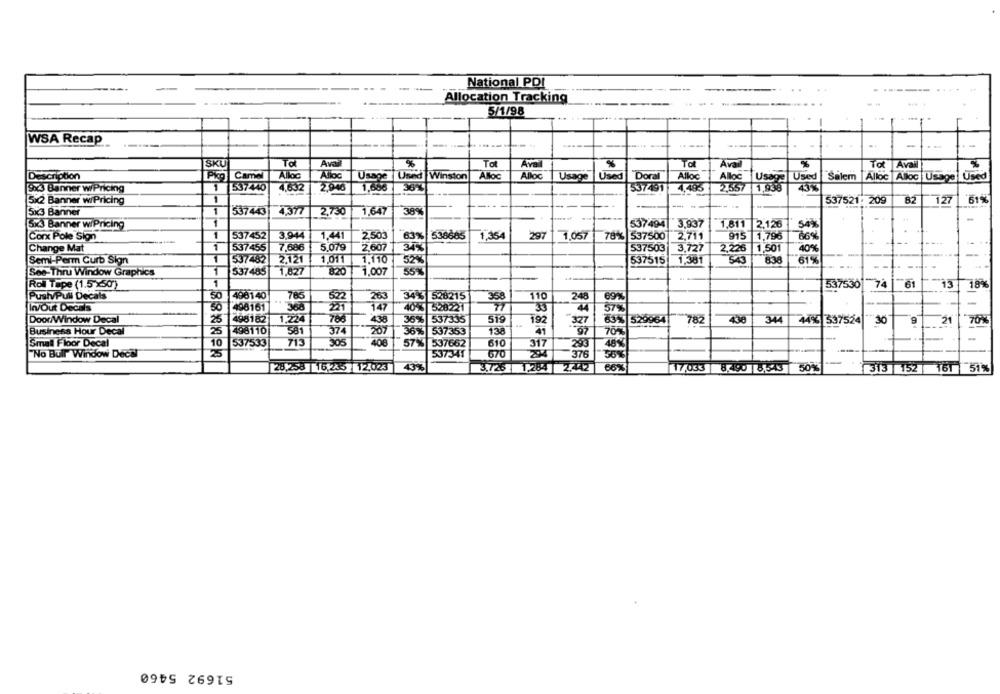
National PDI
Allocation Tracking
5/1/98
WSA Recap
---
SKU
To
%
Tat
Ával
%
Avail
Tot Avail
Alloc
Alloc
Aloe
Description
Camel
Alloc
Usage Used Winston
Alloc
Usage
Used
Doral
Alloc Usage Used
Salem |Alloc Alloc Usage Used
Sx3 Banner wiPricing
1
537440
4,632
2.946
36%
537491
4,483
2,557
1,938
43%
5x2 Banner w/Pricing
1
537521: 209
82 127
51%
--
-..
5x3 Banner
1
537443
4,377
2.730
1,647
38%
-
5x3 Banner wiPricing
537494 3.937
1,811 2,126
54%
Corx Pole Sign
1
537452
3.944
1,441
2.503
63% 538685
1,354
297
1.057
78% 537500
2,711
915
1,796
7869
Change Mat
537455
7,686
5.07g
2.607
34%
537503
3,727
2,226
1,501
40%
Semi-Perm Curb Sign
1
537482
2.121
1,011
1.110
52%
537515
1,381
543
838
61%
1
537485
820
See-Thru Window Graphics
1,827
1,007
55%
Roll Tape (1.5x50)
1
537530 74 |61
61
13
18%
Push/Pull Decals
50
498140
785
522
263
34-3 528215
358
110
240
69%
77
-
In/Out Decals
50
498161
221
147
40% 528221
4
57%
Door/Window Decal
498182
1,224
786
438
782
438
344
9
70%
36% 537335
519
192
327
63% 529964
44% 337524
30
21
Business Hour Decal
25
498110
581
374
207
36% 537353
138
41
70%
Small Floor Decal
10
537533
713
305
408
57% 537662
610
317
293
48%
"No Bull" Window Decal
25
537341
670
294
376
50%
28,258 16/45 12,023
43%
3.726 1,284 2.442
66%
17/033
8,490 81543
50%
313 152
161 51%
51692 5460